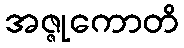
အဇ္ဇုကောတိ